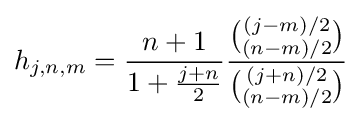
h_{j,n,m}={\frac {n+1}{1+{\frac {j+n}{2}}}}{\frac {\binom {(j-m)/2}{(n-m)/2}}{\binom {(j+n)/2}{(n-m)/2}}}